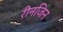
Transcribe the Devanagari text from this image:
रीनजिन